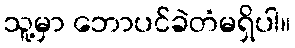
သူ့မှာ ဘောပင်ခဲတံမရှိပါ။